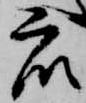
衆